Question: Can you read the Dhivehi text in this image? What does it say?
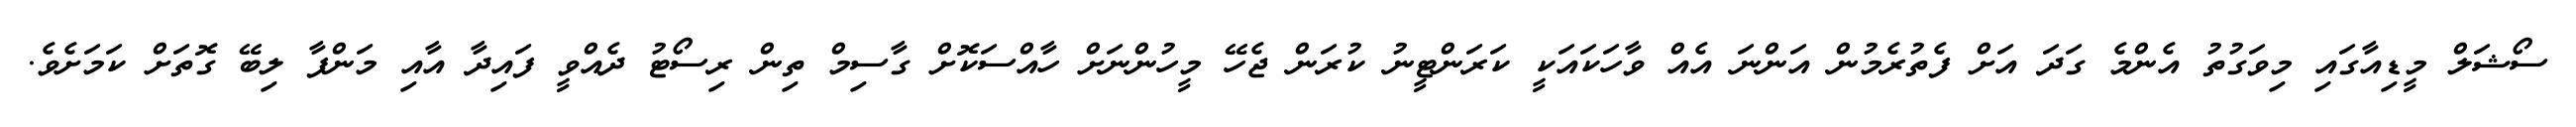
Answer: ސޯޝަލް މީޑިއާގައި މިވަގުތު އެންމެ ގަދަ އަށް ފެތުރެމުން އަންނަ އެއް ވާހަކައަކީ ކަރަންޓީނު ކުރަން ޖެހޭ މީހުންނަށް ހާއްސަކޮށް ގާސިމް ތިން ރިސޯޓު ދެއްވީ ފައިދާ އާއި މަންފާ ލިބޭ ގޮތަށް ކަމަށެވެ.